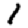
Digit: 1